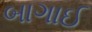
બાગાઈ